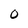
Character: 0